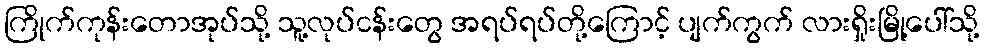
ကြိုက်ကုန်းတောအုပ်သို့ သူ့လုပ်ငန်းတွေ အရပ်ရပ်တို့ကြောင့် ပျက်ကွက် လားရှိုးမြို့ပေါ်သို့